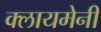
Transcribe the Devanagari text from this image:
क्लायमेनी